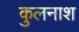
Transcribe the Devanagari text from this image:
कुलनाश